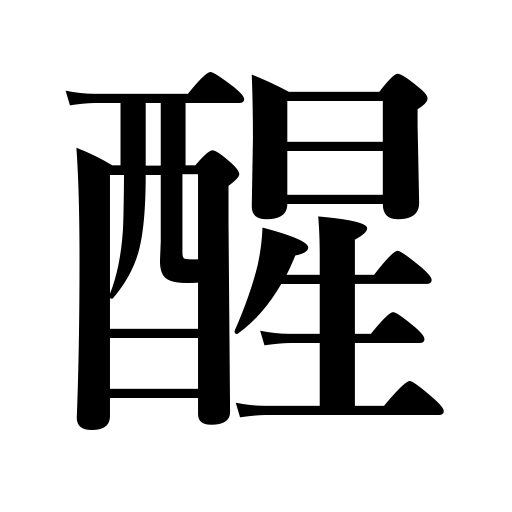
Meanings: awake,sober up,be disillusioned